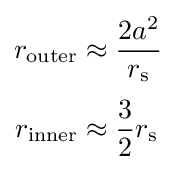
{\begin{aligned}r_{\text{outer}}&\approx {\frac {2a^{2}}{r_{\text{s}}}}\\[3pt]r_{\text{inner}}&\approx {\frac {3}{2}}r_{\text{s}}\end{aligned}}